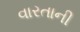
વારતાની